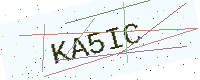
Text: KA5IC